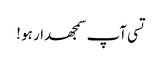
تسی آپ سمجھدار ہو !